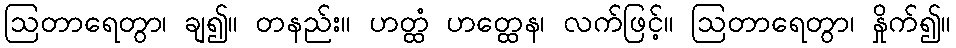
ဩတာရေတွာ၊ ချ၍။ တနည်း။ ဟတ္ထံ ဟတ္ထေန၊ လက်ဖြင့်။ ဩတာရေတွာ၊ နှိုက်၍။